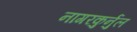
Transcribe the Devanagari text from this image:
नागरकुर्नुल